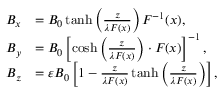
\begin{array} { r l } { B _ { x } } & { = B _ { 0 } \operatorname { t a n h } \left( \frac { z } { \lambda F ( x ) } \right) F ^ { - 1 } ( x ) , } \\ { B _ { y } } & { = B _ { 0 } \left[ \cosh \left( \frac { z } { \lambda F ( x ) } \right) \cdot F ( x ) \right] ^ { - 1 } , } \\ { B _ { z } } & { = \varepsilon B _ { 0 } \left[ 1 - \frac { z } { \lambda F ( x ) } \operatorname { t a n h } \left( \frac { z } { \lambda F ( x ) } \right) \right] , } \end{array}